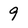
Character: 9